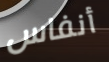
أنفاس